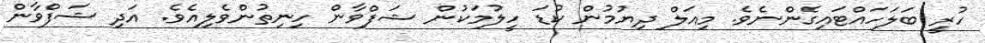
ހުރީ ބަލަހައްޓައިގެންނެވެ. މިއަލް ދިޔުމުން ކުޑަ ހީލުމަކުން ޝަފްވާން ހިނިތުންވެލިއެވެ. އަދި ޝަފްވާން